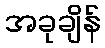
အခုချိန်